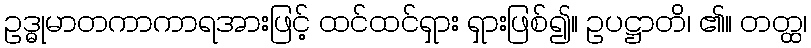
ဥဒ္ဓုမာတကာကာရအားဖြင့် ထင်ထင်ရှား ရှားဖြစ်၍။ ဥပဋ္ဌာတိ၊ ၏။ တတ္ထ၊